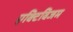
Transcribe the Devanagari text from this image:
एक्टिविजम